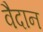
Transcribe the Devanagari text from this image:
वैदान